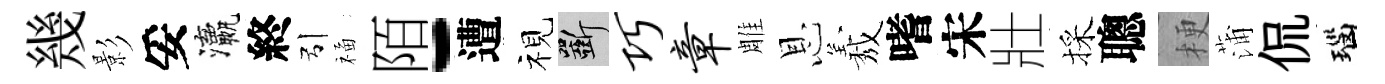
幾影妥瀛終引福陌-遭视斫巧章雕恩𦏁嗜宋壯採聰梗蒲侃瑙